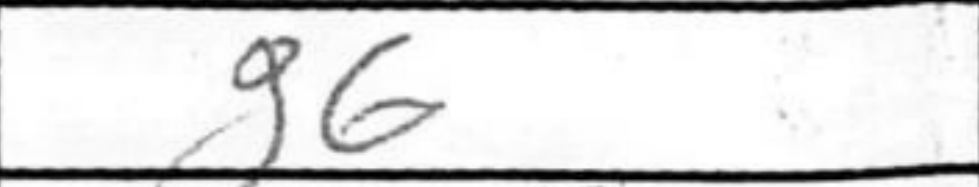
Transcription: g6